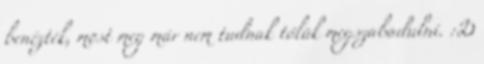
benézték, most meg már nem tudnak tőlük megszabadulni. :D